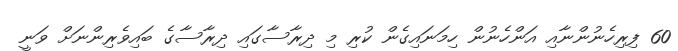
60 ފިރިހެނުންނާއި އަންހެނުން ހިމަނައިގެން ކުރި މި ދިރާސާގައި ދިރާސާގެ ބައިވެރިންނަށް ވަނީ